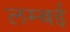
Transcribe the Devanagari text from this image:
लम्बई